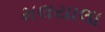
મલયાલા